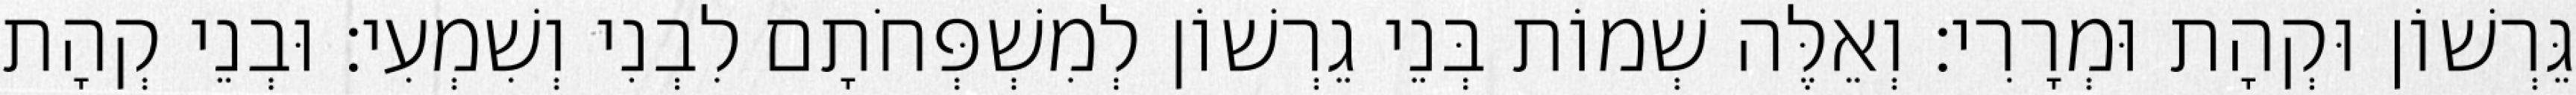
גֵּרְשׁוֹן וּקְהָת וּמְרָרִי׃ וְאֵלֶּה שְׁמוֹת בְּנֵי גֵרְשׁוֹן לְמִשְׁפְּחֹתָם לִבְנִי וְשִׁמְעִי׃ וּבְנֵי קְהָת